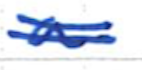
Text: a
Cross-out: double-line
Writing tool: ballpoint